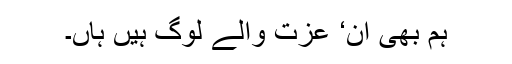
ہم بھی آن‘ عزت والے لوگ ہیں ہاں۔